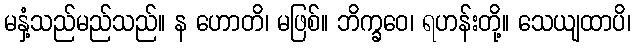
မနှံ့သည်မည်သည်။ န ဟောတိ၊ မဖြစ်။ ဘိက္ခဝေ၊ ရဟန်းတို့။ သေယျထာပိ၊